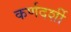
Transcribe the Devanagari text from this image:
कर्णदर्शी